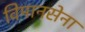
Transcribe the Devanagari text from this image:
विमानसेना